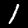
Digit: 1